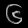
Digit: ၆